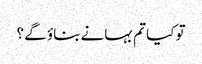
تو کیا تم بہانے بناؤ گے ؟